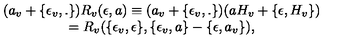
\begin{array} { c } { ( a _ { v } + \{ \epsilon _ { v } , . \} ) R _ { v } ( \epsilon , a ) \equiv ( a _ { v } + \{ \epsilon _ { v } , . \} ) ( a H _ { v } + \{ \epsilon , H _ { v } \} ) } \\ { = R _ { v } ( \{ \epsilon _ { v } , \epsilon \} , \{ \epsilon _ { v } , a \} - \{ \epsilon , a _ { v } \} ) , } \\ \end{array}